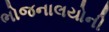
ભોજનાલયોની